Problem: 4 × 5 = ?
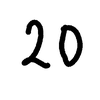
Handwritten answer: 20